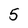
Character: 5